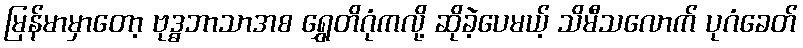
မြန်မာမှာတော့ ဗုဒ္ဓဘာသာအစ ရွှေတိဂုံကလို့ ဆိုခဲ့ပေမယ့် သိမီသလောက် ပုဂံခေတ်